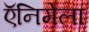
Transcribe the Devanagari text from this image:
ऍनिमेला